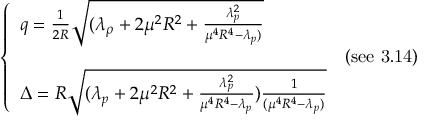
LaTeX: \left\{ \begin{array} { l l r } { { q = \frac { 1 } { 2 R } \sqrt { ( \lambda _ { \rho } + 2 \mu ^ { 2 } R ^ { 2 } + \frac { \lambda _ { p } ^ { 2 } } { \mu ^ { 4 } R ^ { 4 } - \lambda _ { p } ) } } } } & { { } } \\ { { } } & { { \mathrm { ( s e e ~ 3 . 1 4 ) } } } \\ { { \Delta = R \sqrt { ( \lambda _ { p } + 2 \mu ^ { 2 } R ^ { 2 } + \frac { \lambda _ { p } ^ { 2 } } { \mu ^ { 4 } R ^ { 4 } - \lambda _ { p } } ) \frac { 1 } { ( \mu ^ { 4 } R ^ { 4 } - \lambda _ { p } ) } } } } & { { } } \end{array} \right.